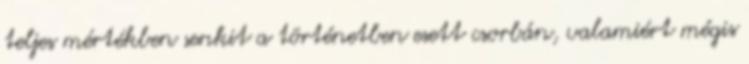
teljes mértékben senkit a történetben esett csorbán, valamiért mégis